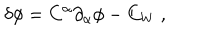
\delta \phi = C ^ { \alpha } { \partial } _ { \alpha } \phi - C _ { W } ~ ,